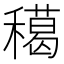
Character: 𥢸